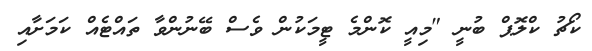
ކޯޗު ކްލޮޕް ބުނީ "މިއީ ކޮންމެ ޓީމަކުން ވެސް ބޭނުންވާ ތައްޓެއް ކަމަށާއި